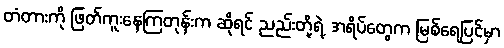
တံတားကို ဖြတ်ကူးနေကြတုန်းက ဆိုရင် ညည်းတို့ရဲ့ အရိပ်တွေက မြစ်ရေပြင်မှာ